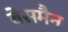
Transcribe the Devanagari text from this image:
बेसमैन